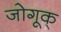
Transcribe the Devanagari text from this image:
जोगूक्